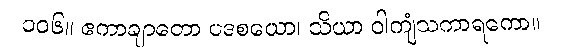
၁၀၆။ ဧကာချာတော ပဒစယော၊ သိယာ ဝါကျံသကာရကော။